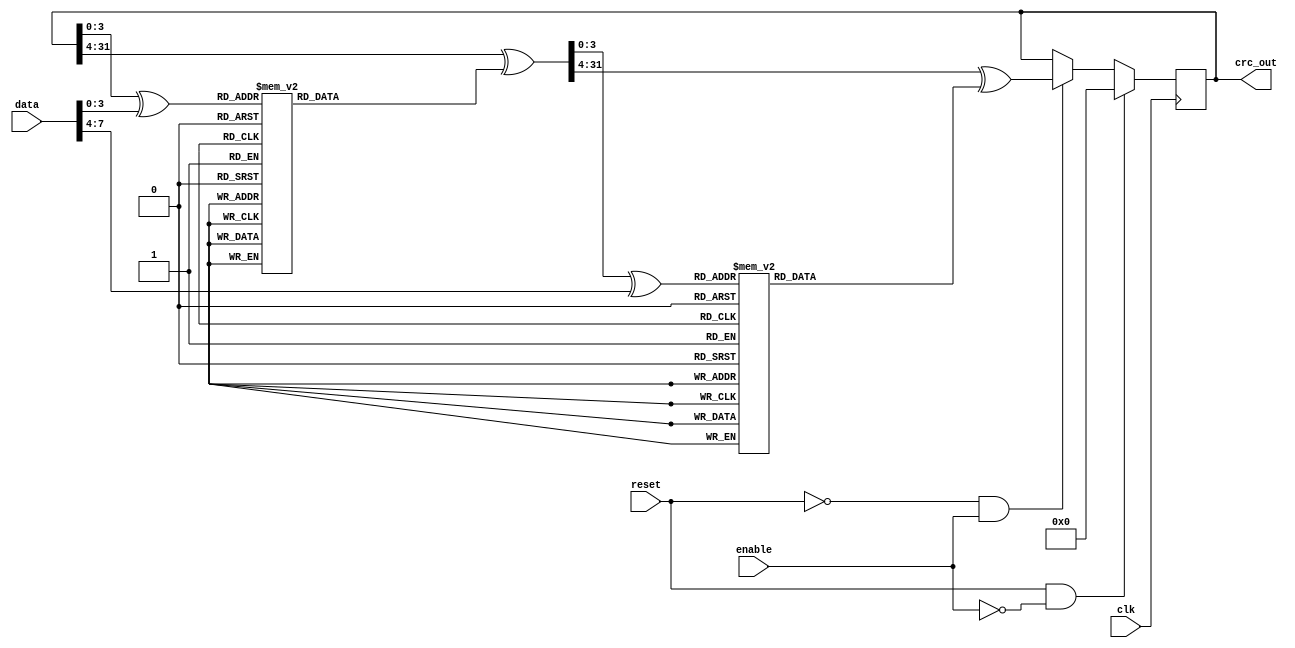
module CRC32_D8_AAL5(clk,data,enable,crc_out,reset);
input clk;

input [7:0] data;
input enable;
input reset;
	 
output [31:0] crc_out;

	
reg [31:0] crc_out;
wire[31:0] crc_tmp1 ;
wire[31:0] crc_tmp2 ;
wire[3:0] crc_table_adr1;
wire[3:0] crc_table_adr2;

reg[31:0] crc_table_data1;
reg[31:0] crc_table_data2;

always @(crc_table_adr1) begin
	 case (crc_table_adr1) 
		4'h0:crc_table_data1=32'h4DBDF21C; 
		4'h1:crc_table_data1=32'h500AE278; 
		4'h2:crc_table_data1=32'h76D3D2D4; 
		4'h3:crc_table_data1=32'h6B64C2B0;
		4'h4:crc_table_data1=32'h3B61B38C;
		4'h5:crc_table_data1=32'h26D6A3E8;
		4'h6:crc_table_data1=32'h000F9344;
		4'h7:crc_table_data1=32'h1DB88320;
		4'h8:crc_table_data1=32'hA005713C;
		4'h9:crc_table_data1=32'hBDB26158;
		4'hA:crc_table_data1=32'h9B6B51F4; 
		4'hB:crc_table_data1=32'h86DC4190;
		4'hC:crc_table_data1=32'hD6D930AC; 
		4'hD:crc_table_data1=32'hCB6E20C8; 
		4'hE:crc_table_data1=32'hEDB71064;
		4'hF:crc_table_data1=32'hF0000000;
	 
	 endcase
end

always @(crc_table_adr2) begin
	 case (crc_table_adr2) 
		4'h0:crc_table_data2=32'h4DBDF21C; 
		4'h1:crc_table_data2=32'h500AE278; 
		4'h2:crc_table_data2=32'h76D3D2D4; 
		4'h3:crc_table_data2=32'h6B64C2B0;
		4'h4:crc_table_data2=32'h3B61B38C;
		4'h5:crc_table_data2=32'h26D6A3E8;
		4'h6:crc_table_data2=32'h000F9344;
		4'h7:crc_table_data2=32'h1DB88320;
		4'h8:crc_table_data2=32'hA005713C;
		4'h9:crc_table_data2=32'hBDB26158;
		4'hA:crc_table_data2=32'h9B6B51F4; 
		4'hB:crc_table_data2=32'h86DC4190;
		4'hC:crc_table_data2=32'hD6D930AC; 
		4'hD:crc_table_data2=32'hCB6E20C8; 
		4'hE:crc_table_data2=32'hEDB71064;
		4'hF:crc_table_data2=32'hF0000000;
	 
	 endcase
end
	
 always @(posedge clk)begin
	if(reset==1 && enable==0) begin
		crc_out<=32'h00000000;
   end
	
	else if(reset==0 && enable==1) begin
		crc_out <= crc_tmp2 ;
	end
	
end
	assign crc_table_adr1=crc_out[3:0] ^ data[3:0]; 
	assign crc_table_adr2=crc_tmp1[3:0] ^ data[7:4]; 
	assign crc_tmp1 = (crc_out>>4)^crc_table_data1;
	assign crc_tmp2 = (crc_tmp1>>4)^crc_table_data2 ;
	
endmodule